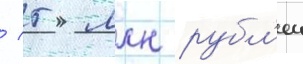
/ 5 млн рубл'еи